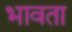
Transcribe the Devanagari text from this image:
भावता